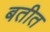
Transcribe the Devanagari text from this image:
बतीत